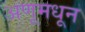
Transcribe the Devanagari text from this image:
अणूमधून